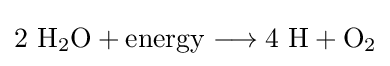
\mathrm {2\ H_{2}O+energy\longrightarrow 4\ H+O_{2}}